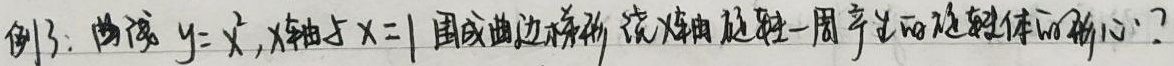
例3：曲线 \(y = x^{2}\)，\(x\)轴与\(x = 1\) 围成曲边梯形，绕\(x\)轴旋转一周产生的旋转体的形心？